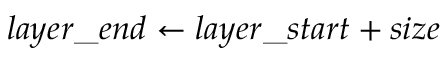
l a y e r \_ e n d \gets l a y e r \_ s t a r t + s i z e